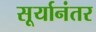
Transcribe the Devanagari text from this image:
सूर्यानंतर